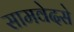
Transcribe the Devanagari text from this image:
सामवेदसे